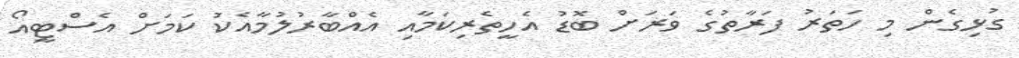
ގުޅިގެން މި ހަތަރު ފަރާތުގެ ވަރަށް ބޮޑު އެހީތެރިކަމާއި އެއްބާރުލުމާއެކު ކަމަށް އެސްޓީއޯ